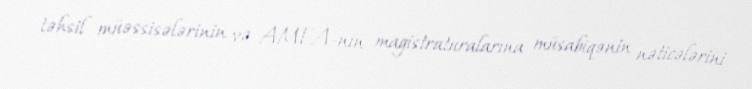
təhsil müəssisələrinin və AMEA-nın magistraturalarına müsabiqənin nəticələrini